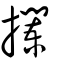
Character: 攔